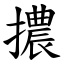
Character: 擃